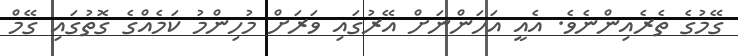
ގޭމުގެ ތެރެއިންނެވެ. އެއީ އަހަންނަށް އޭރުގައި ވަރަށް މުހިންމު ކަމެއްގެ ގޮތުގައި ގޭމް